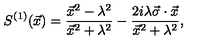
S ^ { ( 1 ) } ( \vec { x } ) = \frac { { \vec { x } } ^ { 2 } - \lambda ^ { 2 } } { { \vec { x } } ^ { 2 } + \lambda ^ { 2 } } - \frac { 2 i \lambda \vec { \sigma } \cdot \vec { x } } { { \vec { x } } ^ { 2 } + \lambda ^ { 2 } } ,